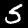
Digit: 5